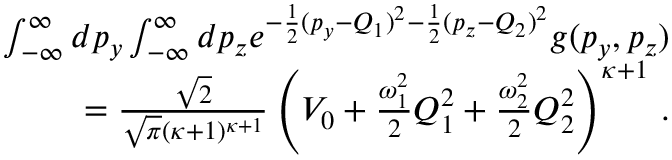
\begin{array} { r } { \int _ { - \infty } ^ { \infty } d p _ { y } \int _ { - \infty } ^ { \infty } d p _ { z } e ^ { - \frac { 1 } { 2 } ( p _ { y } - Q _ { 1 } ) ^ { 2 } - \frac { 1 } { 2 } ( p _ { z } - Q _ { 2 } ) ^ { 2 } } g ( p _ { y } , p _ { z } ) } \\ { = \frac { \sqrt { 2 } } { \sqrt { \pi } ( \kappa + 1 ) ^ { \kappa + 1 } } \left( V _ { 0 } + \frac { \omega _ { 1 } ^ { 2 } } { 2 } Q _ { 1 } ^ { 2 } + \frac { \omega _ { 2 } ^ { 2 } } { 2 } Q _ { 2 } ^ { 2 } \right) ^ { \kappa + 1 } \, . } \end{array}